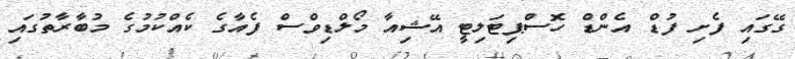
ގޭގައި ފެށި ފުޑް އެންޑް ހޮސްޕިޓަލިޓީ އޭޝިއާ މޯލްޑިވްސް ފެއާގެ ކެއްކުމުގެ މުބާރާތުގައި